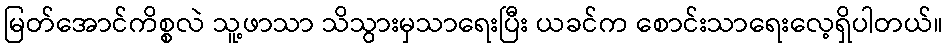
မြတ်အောင်ကိစ္စလဲ သူ့ဖာသာ သိသွားမှသာရေးပြီး ယခင်က စောင်းသာရေးလေ့ရှိပါတယ်။